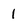
Character: 1